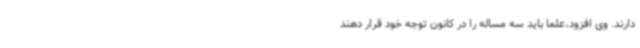
دارند. وی افزود،علما باید سه مساله را در کانون توجه خود قرار دهند